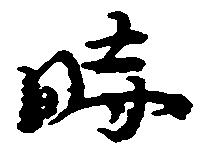
時